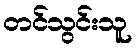
တင်သွင်းသူ